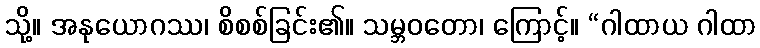
သို့။ အနုယောဂဿ၊ စိစစ်ခြင်း၏။ သမ္ဘဝတော၊ ကြောင့်။ “ဂါထာယ ဂါထာ